Lunatic asylums Punjab 1895-1910 - 1895-1910
Year: 1895
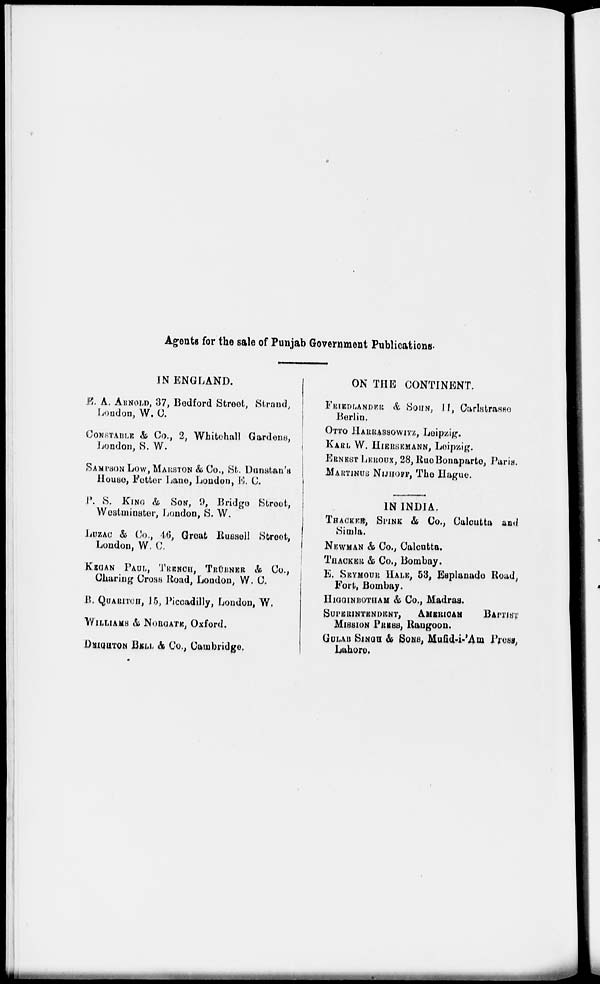
Agents for the sale of Punjab Government Publications.
IN ENGLAND.
E. A. ARNOLD, 37, Bedford Street, Strand,
Loudon, W. C.
CONSTABLE & Co., 2, Whitehall Gardens
London, S. W.
SAMPSON LOW, MARSTON & Co., St. Danstan's
House, Fetter Lane, London, E. C.
P. S. KING & SON, 9, Bridge Street,
Westminster, London, S. W.
LUZAC & Co., 46, Great Russell Street,
London, W. C.
KEGAN PAUL, TRENCH, TRÜBNER & Co.,
Charing Cross Road, London, W. C.
B. QUARITCH, 15, Piccadilly, London, W.
WILLIAMS & NORGATE, Oxford.
DEIGHTON BELL & Co., Cambridge,
ON THE CONTINENT.
FRIEDLANDER & SOHN, 11, Carlstrasse
Berlin.
OTTO HARRASSOWITZ, Leipzig.
KARL W. HIERSEMANN, Leipzig.
ERNEST LEROUX, 28, Rue Bonaparte, Paris.
MARTINUS NIJHOFF, The Hague.
——
IN INDIA.
THACKER, SPINK & Co., Calcutta and
Simla.
NEWMAN & Co., Calcutta.
THACKER & Co., Bombay.
E. SEYMOUR HALE, 53, Esplanade Road,
Fort, Bombay.
HIGGINBOTHAM & Co., Madras.
SUPERINTENDENT,
AMERICAN
BAPTIST
MISSION PRESS, Rangoon.
GULAB SINGE & SONS, Mufid-i-'Am Press,
Lahore.